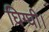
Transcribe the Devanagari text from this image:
घिग्घी।